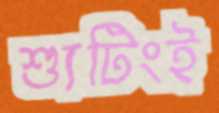
শ্যুটিংই